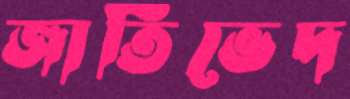
জাতিভেদ